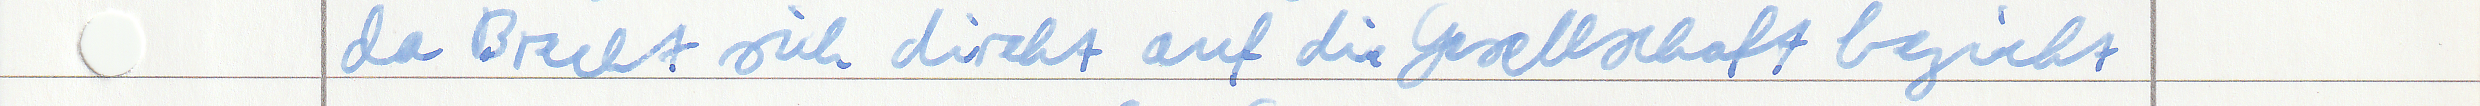
da Brecht sich direkt auf die Gesellschaft bezieht